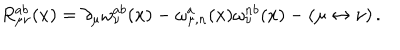
R _ { \mu \nu } ^ { a b } ( x ) = \partial _ { \mu } \omega _ { \nu } ^ { a b } ( x ) - \omega _ { \mu , n } ^ { a } ( x ) \omega _ { \nu } ^ { n b } ( x ) - ( \mu \leftrightarrow \nu ) \, .